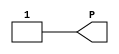
// $Header: /devl/xcs/repo/env/Databases/CAEInterfaces/verunilibs/s/VCC.v,v 1.8 2003/01/21 01:55:44 wloo Exp $

/*

FUNCTION	: VCC cell

*/

`timescale  100 ps / 10 ps


module VCC(P);

    output P;

	assign P = 1'b1;

endmodule